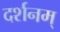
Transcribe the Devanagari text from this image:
दर्शनम्‌